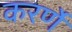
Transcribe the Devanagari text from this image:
करर्णे